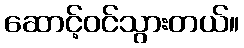
ဆောင့်ဝင်သွားတယ်။